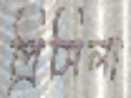
প্রিসিলা